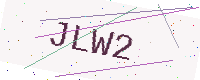
Text: JLW2